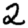
Digit: 2